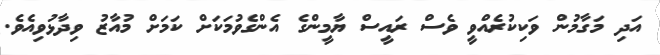
އަދި މަގާމުން ވަކިކުރެއްވީ ވެސް ރައީސް ޔާމީންގެ އެންގެވުމަކަށް ކަމަށް މުއާޒު ވިދާޅުވިއެވެ.